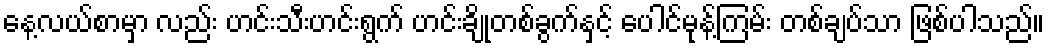
နေ့လယ်စာမှာ လည်း ဟင်းသီးဟင်းရွက် ဟင်းချိုတစ်ခွက်နှင့် ပေါင်မုန့်ကြမ်း တစ်ချပ်သာ ဖြစ်ပါသည်။